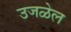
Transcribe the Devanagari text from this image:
उजळेल